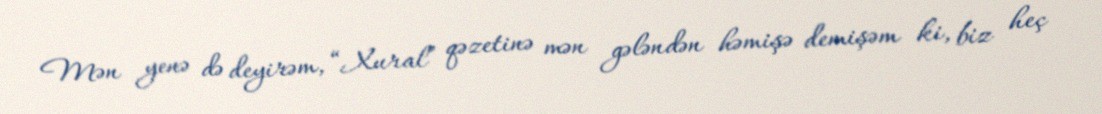
Mən yenə də deyirəm, “Xural” qəzetinə mən gələndən həmişə demişəm ki, biz heç